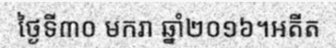
ថ្ងៃទី៣០ មករា ឆ្នាំ២០១៦។អតីត